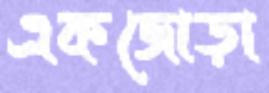
একজোড়া